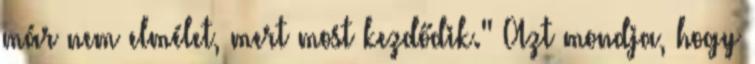
már nem elmélet, mert most kezdődik." Azt mondja, hogy